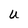
Character: U